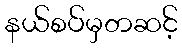
နယ်စပ်မှတဆင့်